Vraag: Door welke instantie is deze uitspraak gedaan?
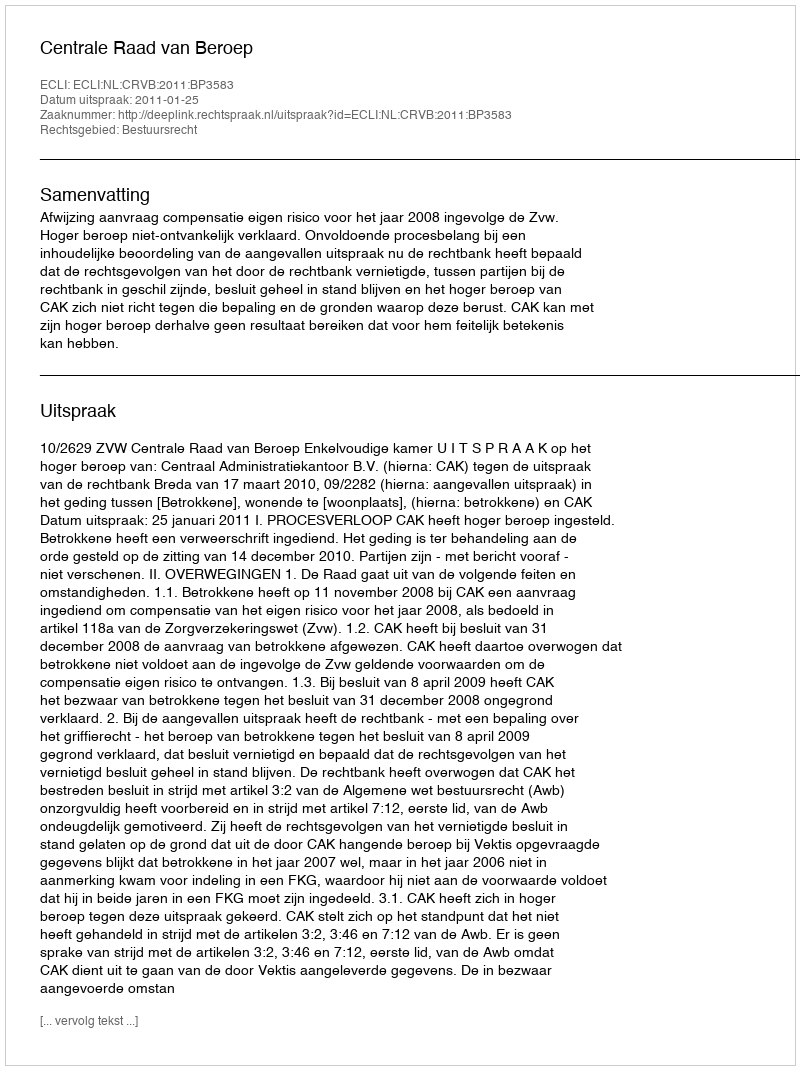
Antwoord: Centrale Raad van Beroep